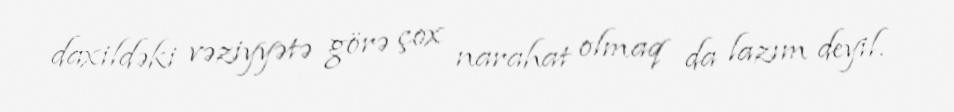
daxildəki vəziyyətə görə çox narahat olmaq da lazım deyil.